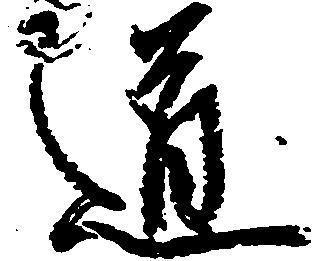
道